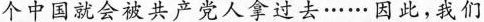
个中国就会被共产党人拿过去……因此，我们